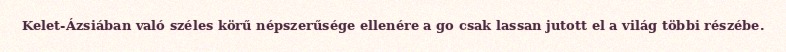
Kelet-Ázsiában való széles körű népszerűsége ellenére a go csak lassan jutott el a világ többi részébe.